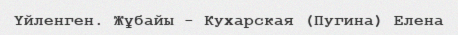
Үйленген. Жұбайы - Кухарская (Пугина) Елена